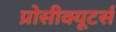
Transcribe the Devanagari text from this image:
प्रोसीक्यूटर्स